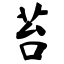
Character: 苔